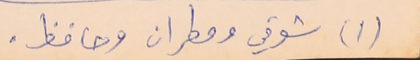
(١) شوقي ومطران وحافظ.